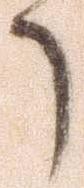
了